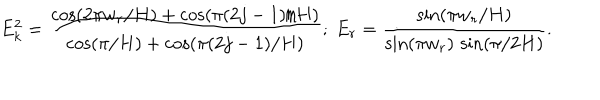
E _ { k } ^ { 2 } = \frac { \cos ( 2 \pi w _ { r } / H ) + \cos ( \pi ( 2 j - 1 ) / H ) } { \cos ( \pi / H ) + \cos ( \pi ( 2 j - 1 ) / H ) } ; ~ E _ { r } = \frac { \sin ( \pi w _ { r } / H ) } { \sin ( \pi w _ { r } ) \, \sin ( \pi / 2 H ) } .